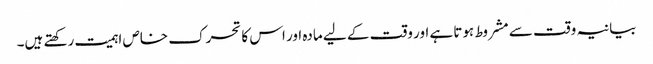
بیانیہ وقت سے مشروط ہوتا ہے اور وقت کے لیے مادہ اور اس کا تحرک خاص اہمیت رکھتے ہیں۔